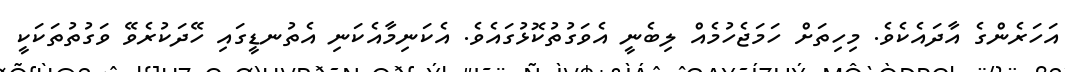
އަހަރެންގެ އާދައެކެވެ. މިހިތަށް ހަމަޖެހުމެއް ލިބެނީ އެވަގުތުކޮޅުގައެވެ. އެކަނިމާއެކަނި އެތުނޑީގައި ހޭދަކުރެވޭ ވަގުތުތަކަކީ